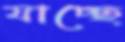
যাচ্ছে